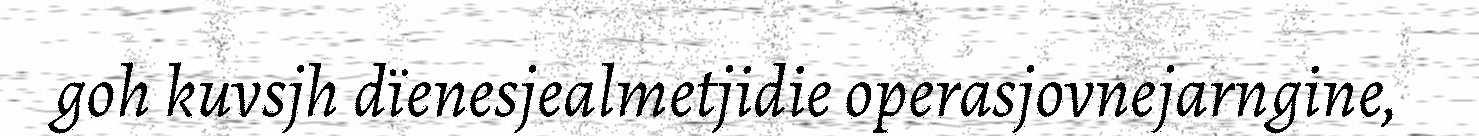
goh kuvsjh dïenesjealmetjidie operasjovnejarngine,